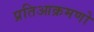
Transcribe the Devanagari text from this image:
प्रतिआक्रमणो